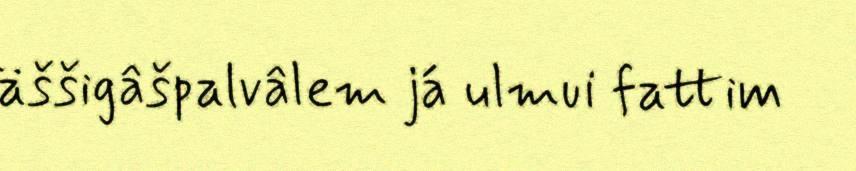
äššigâšpalvâlem já ulmui fattim